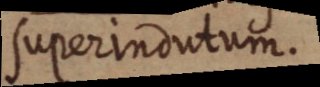
superindutum.